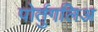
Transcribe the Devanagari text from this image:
पोर्तुगलिअ